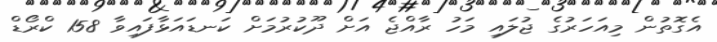
އެގޮތުން މިއަހަރުގެ ޖުލައި މަހު ރާއްޖެ އަށް ދޫކުރުމަށް ކަނޑައަޅާފައިވާ 158 ކްރޯޑް